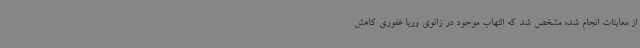
از معاینات انجام شده مشخص شد که التهاب موجود در زانوی وریا غفوری کاهش